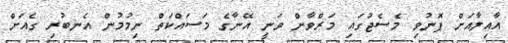
އާއިލާއަށް ފޮނުވި މެސެޖުގައި މަރްވާން ވަނީ އޭނާގެ މަސައްކަތް ނިމުމުން އެނބުރި ގެއަށް